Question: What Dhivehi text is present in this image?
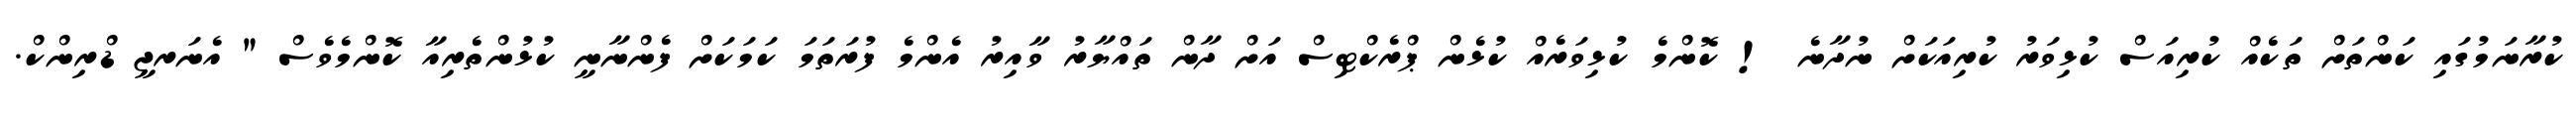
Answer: ކުރާނަމުގައި ކަންތަށް ތަކެއް ކުރިއަސް ކުޅިވަރު ކުރިއަކަށް ނުދާނެ ! ކޮންމެ ކުޅިވަރެއް ކުޅެން ޕްރެކްޓިސް އަށް ދާން ތައްޔާރު ވާއިރު އެންމެ ފުރަތަމަ ކަމަކަށް ފެންނާނީ ކުޅުންތެރިއާ ކޮންމެވެސް " އެނަރޖީ ޑްރިންކް.